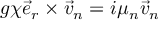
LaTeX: g \chi \vec { e } _ { r } \times \vec { v } _ { n } = i \mu _ { n } \vec { v } _ { n }